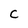
Character: C